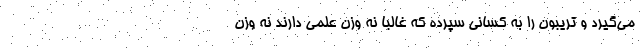
می‌گیرد و تریبون را به کسانی سپرده که غالبا نه وزن علمی دارند نه وزن